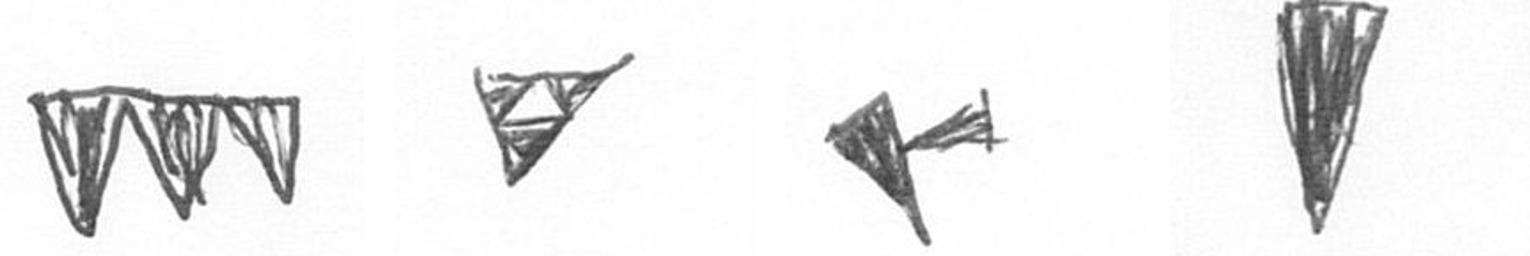
L S F J